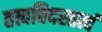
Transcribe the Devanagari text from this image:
तत्वविदस्तत्वं